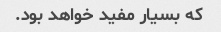
که بسیار مفید خواهد بود.